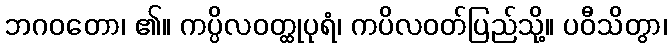
ဘဂဝတော၊ ၏။ ကပ္ပိလဝတ္ထုပုရံ၊ ကပိလဝတ်ပြည်သို့။ ပဝီသိတွာ၊